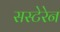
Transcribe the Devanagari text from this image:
सस्टेरेन